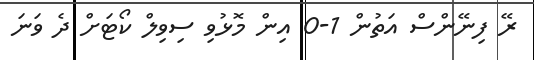
ރޭ ފިނޭންސް އަތުން 1-0 އިން މޮޅުވި ސިވިލް ކޯޓަށް ދެ ވަނަ